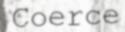
Coerce